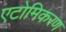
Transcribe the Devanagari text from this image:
एटोमिकरण